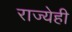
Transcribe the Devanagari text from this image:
राज्येही